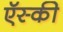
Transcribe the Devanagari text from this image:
ऍस्की